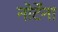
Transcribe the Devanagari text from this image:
नोर्टेना